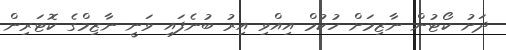
ދަށު ކޯޓުން ނާޒިމަށް ހުކުމް އިއްވި އިރު ބުނެފައި ވަނީ ނާޒިމްގެ ކޮޓަރިން